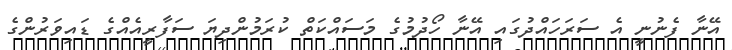
އޭނާ ފެނުނީ އެ ސަރަހައްދުގައި އޭނާ ހޯދުމުގެ މަސައްކަތް ކުރަމުންދިޔަ ސަފާރީއެއްގެ ޑައިވަރުންގެ